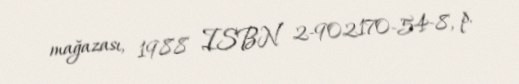
mağazası, 1988 ISBN 2-902170-54-8, p.